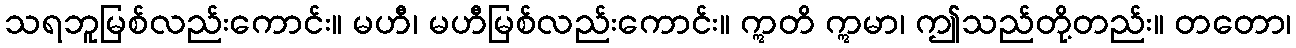
သရဘူမြစ်လည်းကောင်း။ မဟီ၊ မဟီမြစ်လည်းကောင်း။ ဣတိ ဣမာ၊ ဤသည်တို့တည်း။ တတော၊